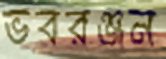
ভবরঞ্জন